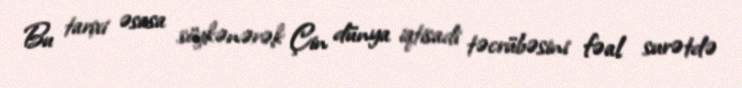
Bu tarixi əsasa söykənərək Çin dünya iqtisadi təcrübəsini fəal surətdə